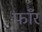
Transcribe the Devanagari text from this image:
फाँर